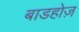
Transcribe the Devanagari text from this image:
बाडहोज़